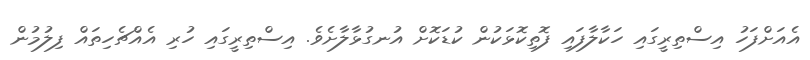
އެއަށްފަހު އިސްތިރީގައި ހަކާލާފައި ފޮތިކޮޅަކުން ކުޑަކޮށް އުނގުޅާލާށެވެ. އިސްތިރީގައި ހުރި އެއްޗެހިތައް ފިލުމުން